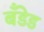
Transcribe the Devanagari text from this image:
बँडेड